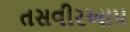
તસવીરઆપ